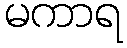
မကာရ